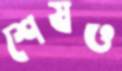
শেষও